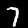
Digit: 7